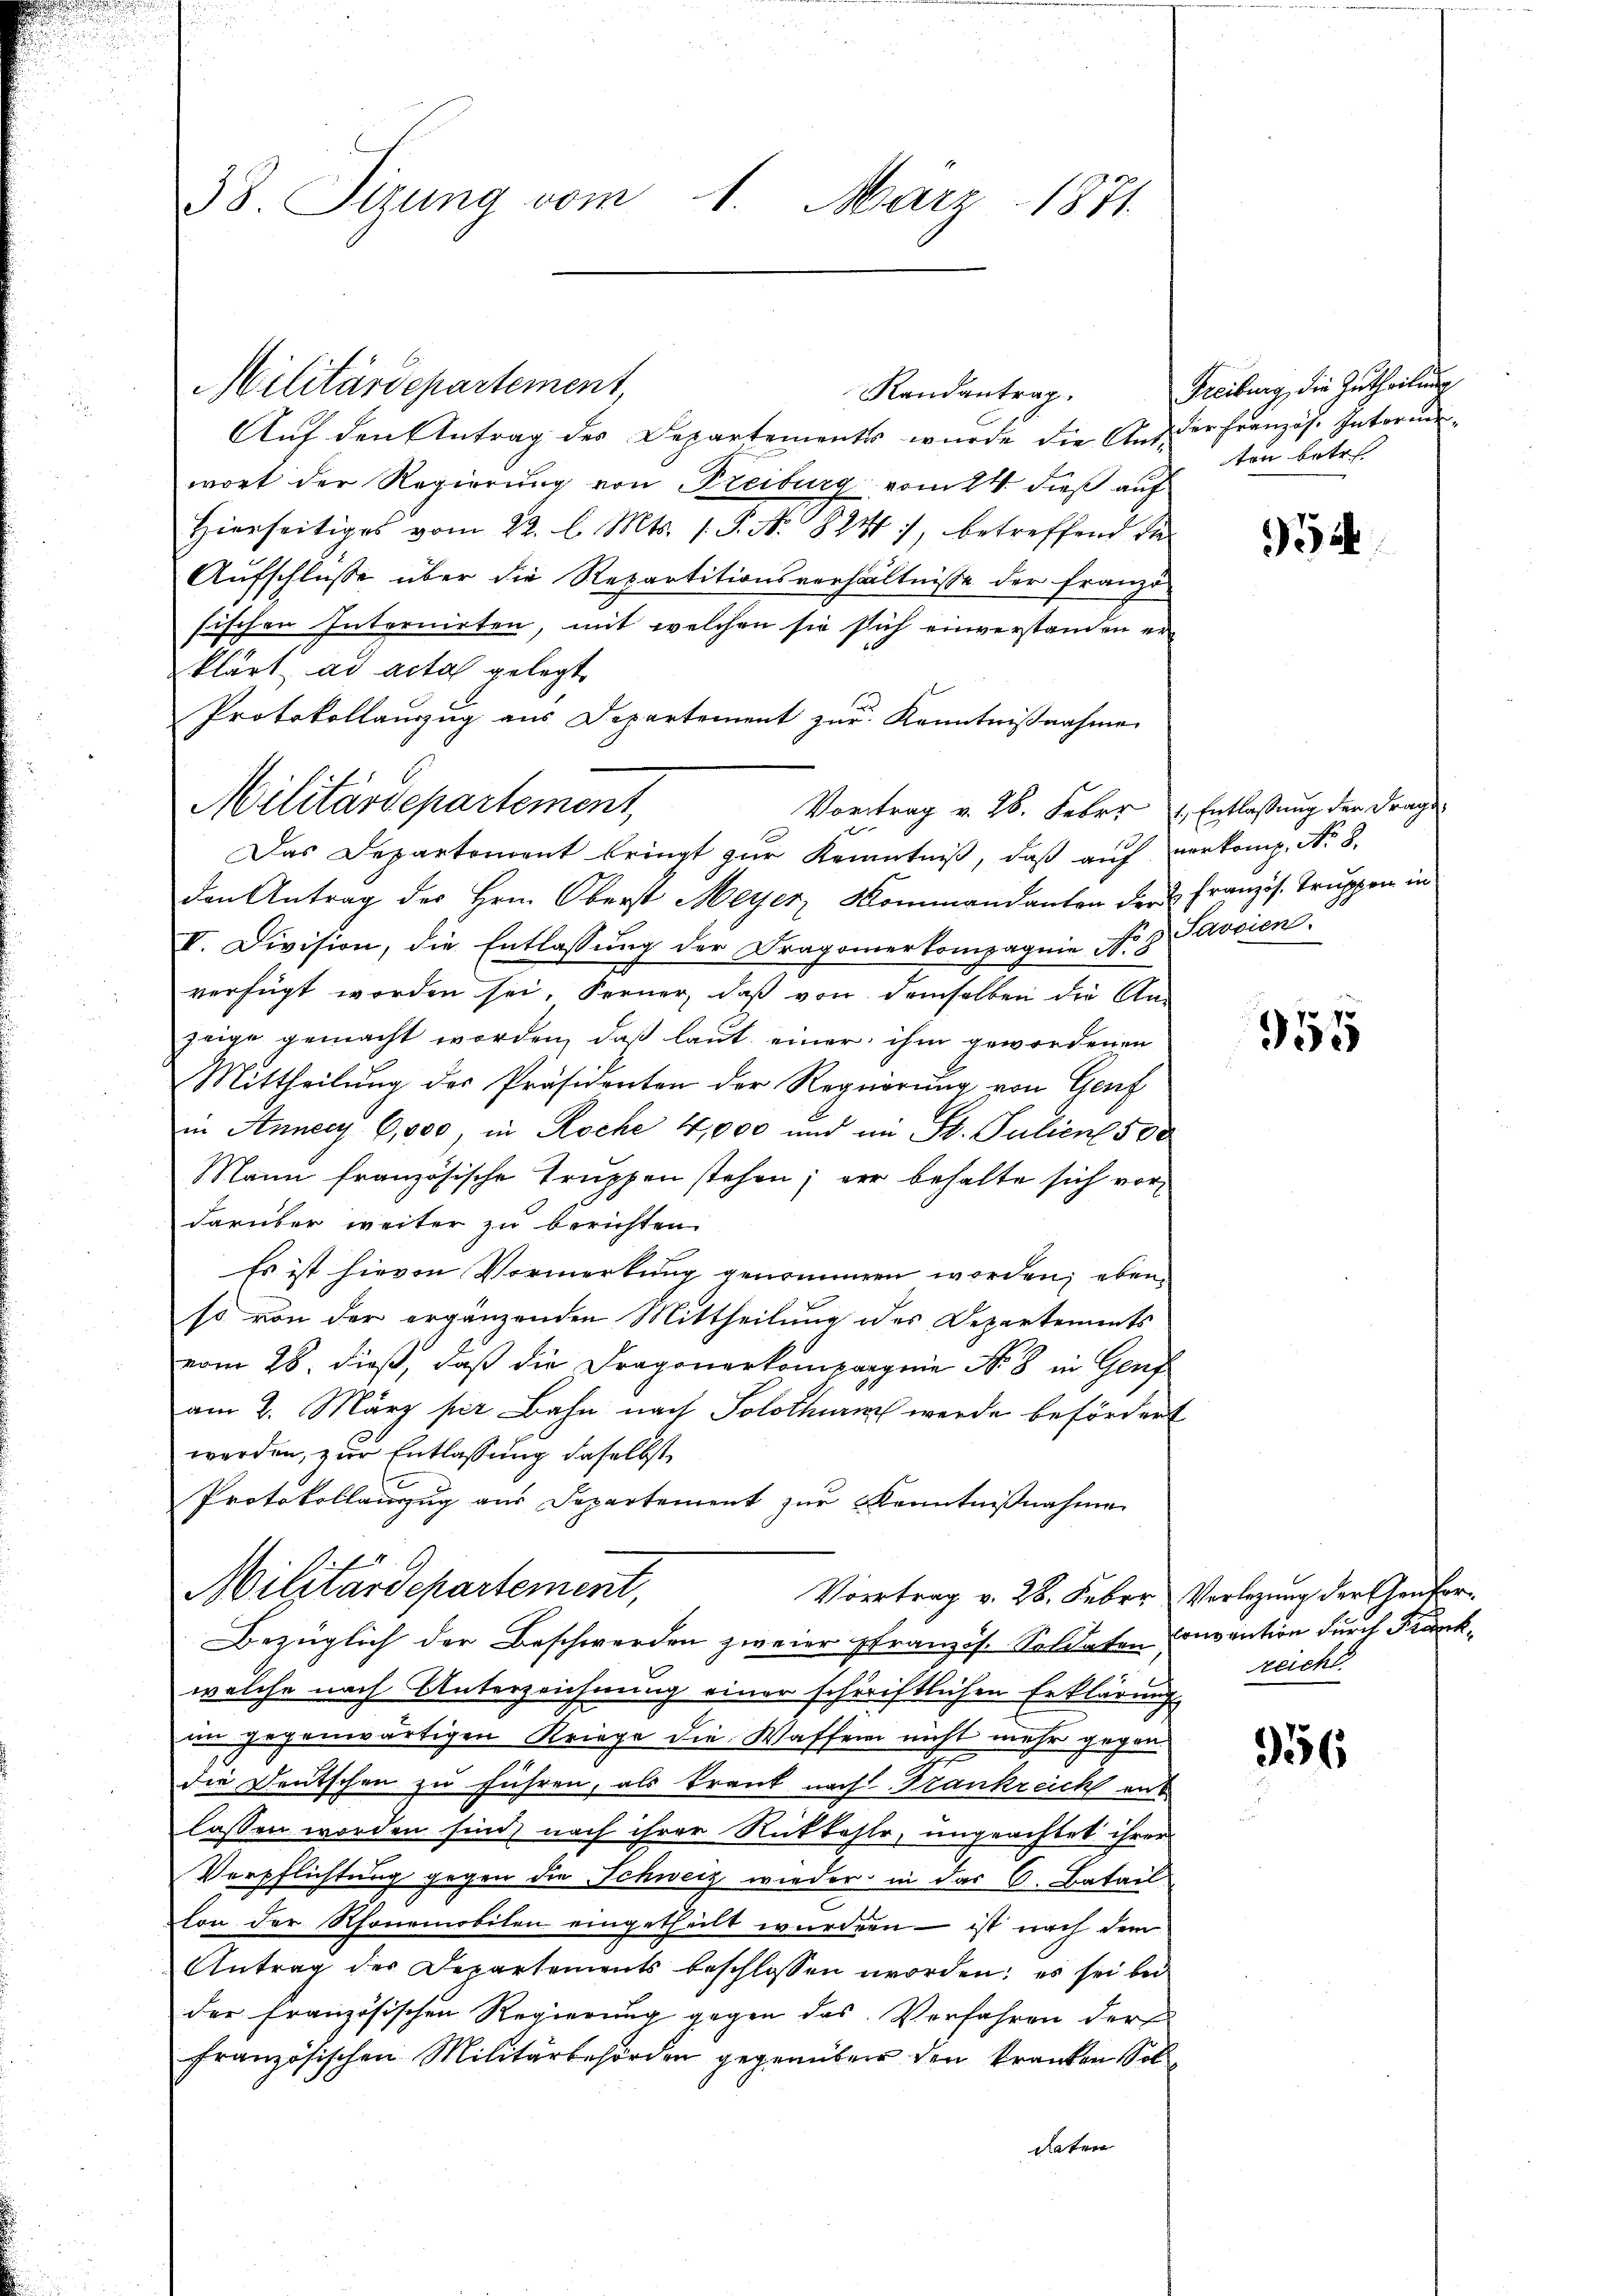
38. Sizung vom 1. März 1871

Randantrag.
Auf den Antrag des Departements wurde die Aus der Französ. Interm
wort der Regierung von Freiburg vom 24. dieß auf
Hierseitiges vom 22. l. Mts. 1. P. Nr. 8244), betreffend die
Aufschlusse über die Repartitionsverhältnisse der Franzö
sischen Internirten, mit welchen sie sich einverstanden erklärt, ad acta gelegt
Protokollauszug aus Departement zur Kenntnißnahme
Vortrag v. 26. Febr. 1, Entlassung der Frage
Das Departement bringt zur Kenntniß, daß auf verkomp. No. 8.
den Antrag des Hrn. Oberst Meyer, Kommandanten der u Franzis Truppen in
V. Division, die Entlassung der Dragonerkompagnie No 8 Javvien
verfügt worden sei. Ferner, daß von demselben die Anzeige gemacht worden, daß laut einer ihm gewordenen
Mittheilŭng der Präsidenten der Regierung von Genf
in Annecy 6,000, in Roche 4,000 und im St. Juliens de
Mann französische Truppen stehen; vor behalte sich vordarüber weiter zu berichten
Es ist hievon Vormerkung genommen worden; eben
so von der ergänzenden Mittheilung des Departements
vom 28. dieß, daß die Dragonerkompagnie No 8 in Genf
am 2. März per Bahn nach Solothurn werde befördert
werden, zur Entlassung daselbst,
Protokollanzug aus Departement zur Kenntnißnahme
Militärdepartement,
Vortrag v. 28. Feber Vorlegung der Genfor¬
Bezüglich der Beschwerden zweier französ. Soldaten Convention durch Frankwelche nach Unterzeichnung einer schriftlichen Erklärung
im gegenwärtigen Kriege die Waffend nicht mehr gegen
die Deutschen zu führen, als Krank nach Frankreich aus
lassen worden sind, nach ihrer Rückkahle, ungeachtet ihrer
Verpflichtung gegen die Schweiz wieder in das C. Batail
lon der Rhonemobilen eingetheilt wurden – ist nach dem
Antrag der Departements beschlossen worden; es sei bei
der französischen Regierung gegen das Verfahren der
französischen Militärbehörden gegenüber den kranken Soldaten

Militärdepartement,

Militärdepartement,

Freibung, die Zutheilung
ten betr

3

955

reicht.

956